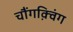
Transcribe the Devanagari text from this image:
चौंगक़्विंग